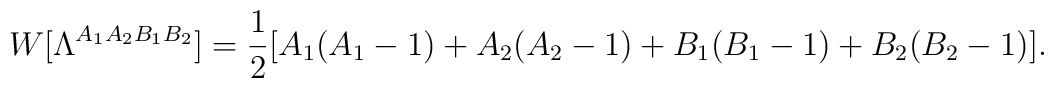
W[\Lambda^{A_1A_2B_1B_2}]=\frac{1}{2}[A_1(A_1-1)+A_2(A_2-1)+B_1(B_1-1)+B_2(B_2-1)].